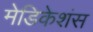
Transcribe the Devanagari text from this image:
मेडिकेशंस